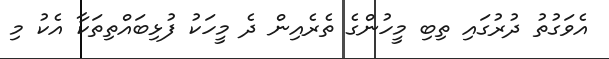
އެވަގުތު ދުރުގައި ތިބި މީހުންގެ ތެރެއިން ދެ މީހަކު ފުޅިބައްތިތަކާ އެކު މި